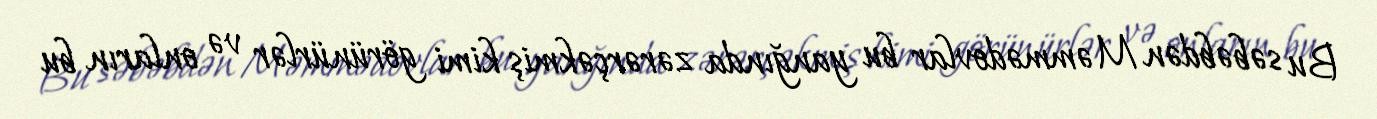
Bu səbəbdən Məmmədovlar bu yanğında zərərçəkmiş kimi görünürlər və onların bu